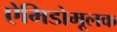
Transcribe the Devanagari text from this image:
ऐमिडोमूलक